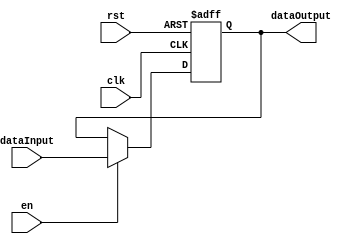
module programCounter (
    input clk, rst, en,
    input [31 : 0] dataInput,
    output reg [31 : 0] dataOutput
);
    always @(posedge clk, posedge rst) begin
        if(rst)
            dataOutput <= 0;
        else if(en)
            dataOutput <=  dataInput;
    end
endmodule